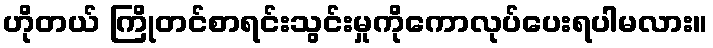
ဟိုတယ် ကြိုတင်စာရင်းသွင်းမှုကိုကောလုပ်ပေးရပါမလား။